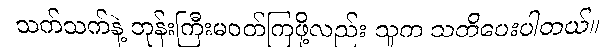
သက်သက်နဲ့ ဘုန်းကြီးမဝတ်ကြဖို့လည်း သူက သတိပေးပါတယ်။